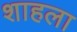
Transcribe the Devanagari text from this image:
शाहला